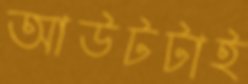
আউটটাই